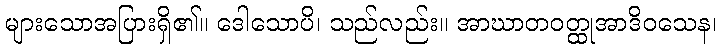
များသောအပြားရှိ၏။ ဒေါသောပိ၊ သည်လည်း။ အာဃာတဝတ္ထုအာဒိဝသေန၊